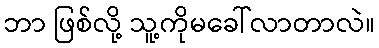
ဘာ ဖြစ်လို့ သူ့ကိုမခေါ်လာတာလဲ။